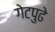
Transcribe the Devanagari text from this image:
गेटपुढे